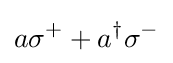
a\sigma ^{+}+a^{\dagger }\sigma ^{-}